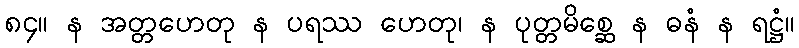
၈၄။ န အတ္တဟေတု န ပရဿ ဟေတု၊ န ပုတ္တမိစ္ဆေ န ဓနံ န ရဋ္ဌံ။